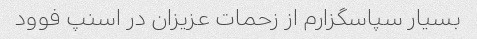
بسیار سپاسگزارم از زحمات عزیزان در اسنپ فوود